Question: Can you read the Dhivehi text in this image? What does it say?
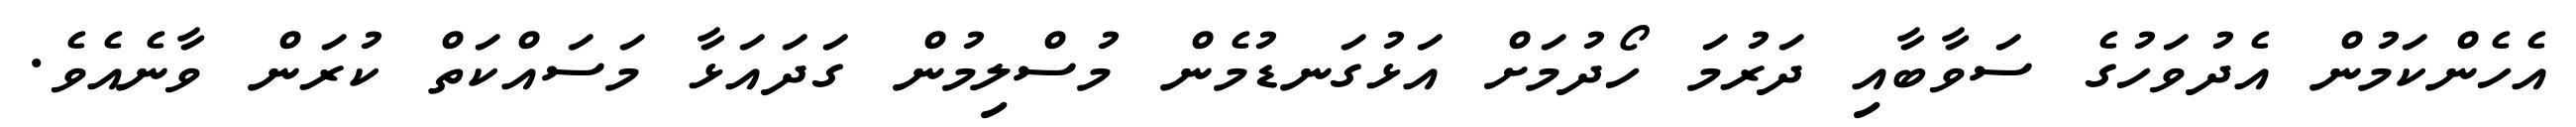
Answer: އެހެންކަމުން އެދުވަހުގެ ސަވާބާއި ދަރުމަ ހޯދުމަށް އަޅުގަނޑުމެން މުސްލިމުން ގަދައަޅާ މަސައްކަތް ކުރަން ވާނެއެވެ.